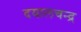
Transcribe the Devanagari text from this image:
दयालचन्द्र